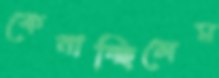
কেনাচ্ছিলেম